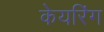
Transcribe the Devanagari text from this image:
केयरिंग